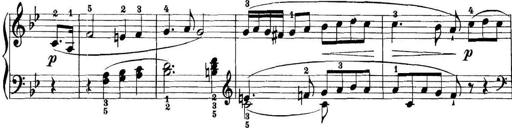
Title: 11 Sonatinas
Composer: Anton Diabelli